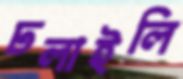
ঢলাইলি